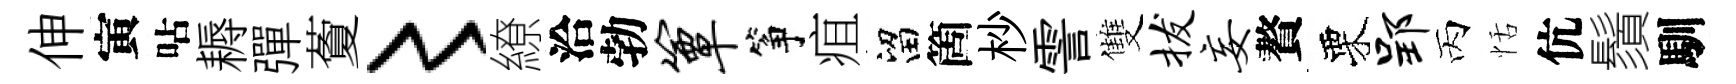
伸寅呫耨彈藑〻繚洽勃簟筝疽留箇杪霅雙拔妄贅栗郢丙恬伉鬚馴